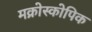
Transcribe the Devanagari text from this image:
मक्रोस्कोपिक